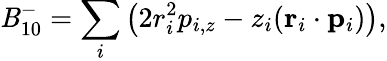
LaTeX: \mathit{B}_{10}^{-}=\sum_{i}\big(2r_{i}^{2}p_{i,z}-z_{i}(\mathbf{{r}}_{i}\cdot\mathbf{{p}}_{i})\big),